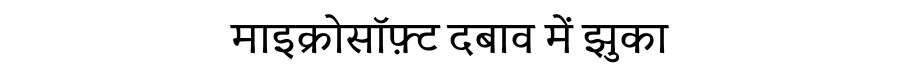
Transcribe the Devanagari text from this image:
माइक्रोसॉफ़्ट दबाव में झुका